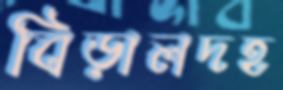
বিড়ালদহ